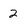
Character: 2